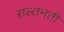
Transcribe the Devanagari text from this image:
सल्तनती